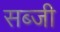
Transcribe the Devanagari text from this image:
सब्‍जी